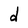
Character: d